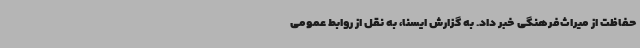
حفاظت از میراث‌فرهنگی خبر داد. به گزارش ایسنا، به نقل از روابط عمومی